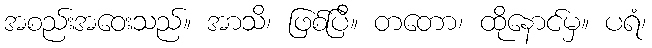
အစည်းအဝေးသည်။ အာသိ၊ ဖြစ်ပြီ။ တတော၊ ထိုနောင်မှ။ ပရံ၊